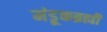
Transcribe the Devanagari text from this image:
मंडूकब्रह्मी